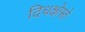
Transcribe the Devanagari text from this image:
दिधक्षोस्ते